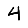
Digit: 4